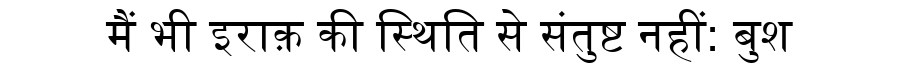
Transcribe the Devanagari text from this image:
मैं भी इराक़ की स्थिति से संतुष्ट नहीं: बुश